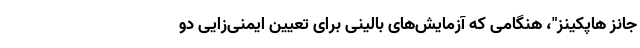
جانز هاپکینز"، هنگامی که آزمایش‌های بالینی برای تعیین ایمنی‌زایی دو